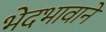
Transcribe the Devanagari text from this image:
भेदभावाने